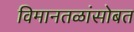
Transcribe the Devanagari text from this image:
विमानतळांसोबत